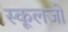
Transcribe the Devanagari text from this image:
स्कूलजो